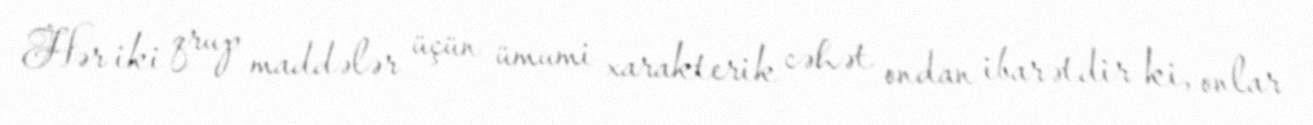
Hər iki qrup maddələr üçün ümumi xarakterik cəhət ondan ibarətdir ki, onlar